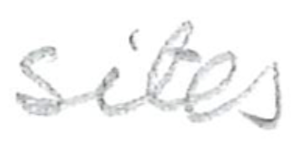
Text: sites
Cross-out: clean
Writing tool: pencil